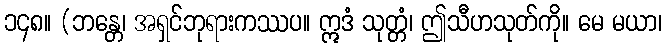
၁၄၈။ (ဘန္တေ၊ အရှင်ဘုရားကဿပ။ ဣဒံ သုတ္တံ၊ ဤသီဟသုတ်ကို။ မေ မယာ၊